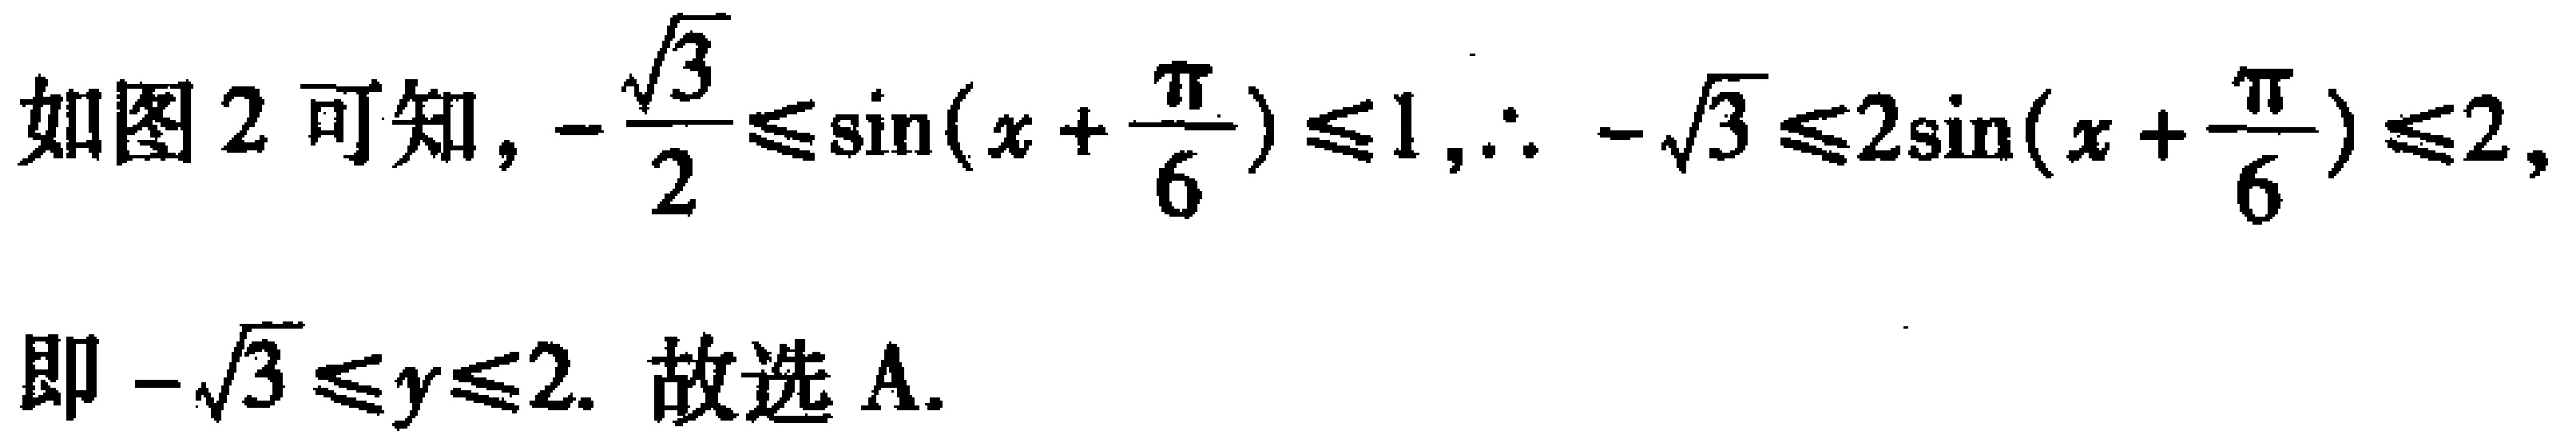
如图2可知, \(-\frac{\sqrt{3}}{2}\leq\sin(x + \frac{\pi}{6})\leq1,\therefore -\sqrt{3}\leq2\sin(x + \frac{\pi}{6})\leq2,\)
即 \(-\sqrt{3}\leq y\leq2.\) 故选A.